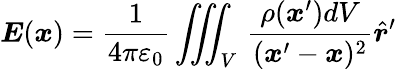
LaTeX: {\boldsymbol{E}}({\boldsymbol{x}})={\frac{1}{4\pi\varepsilon_{0}}}\iiint_{V}\, {\frac{\rho({\boldsymbol{x}}^{\prime})dV}{({\boldsymbol{x}}^{\prime}-{\boldsymbol{x}})^{2}}}{\hat{\boldsymbol{r}}}^{\prime}